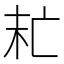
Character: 𠅍